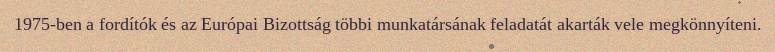
1975-ben a fordítók és az Európai Bizottság többi munkatársának feladatát akarták vele megkönnyíteni.